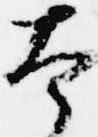
本